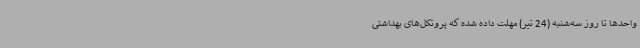
واحدها تا روز سه‌شنبه (24 تیر) مهلت داده شده که پروتکل‌های بهداشتی